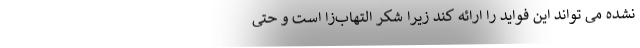
نشده می تواند این فواید را ارائه کند زیرا شکر التهاب‌زا است و حتی